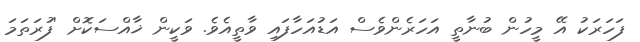
ފަހަރަކު އޭ މީހުން ބުނާތީ އަހަރެންވެސް އަޑުއަހާފައި ވާތީއެވެ. ވަކީން ޚާއްސަކޮށް 'ފުރަތަމަ